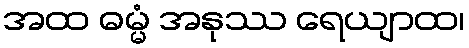
အထ ဓမ္မံ အနုဿ ရေယျာထ၊